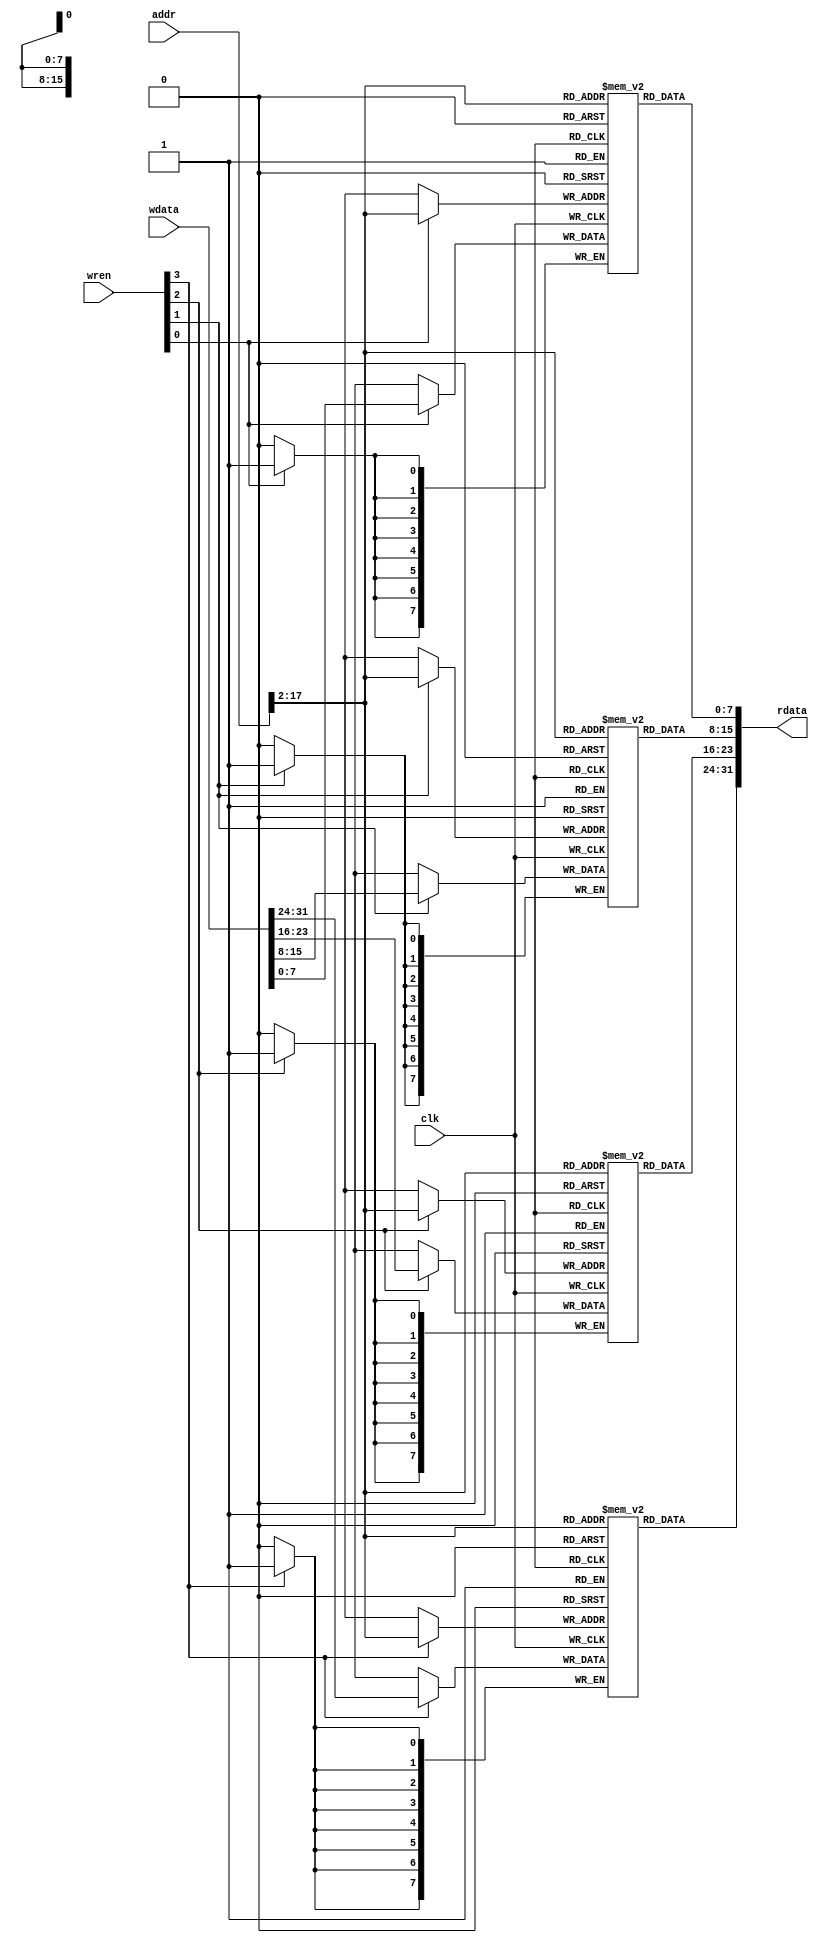
`timescale 1ns / 1ps
//////////////////////////////////////////////////////////////////////////////////
// Company: 
// Engineer: 
// 
// Design Name: 
// Module Name: data_memory
// Project Name: 
// Target Devices: 
// Tool Versions: 
// Description: 
// 
// Dependencies: 
// 
// Revision:
// Revision 0.01 - File Created
// Additional Comments:
// 
//////////////////////////////////////////////////////////////////////////////////



module data_memory(


	clk,		//clock
	addr,
	rdata,
	wdata,
	wren
);

    //Following are the input ports to one of the modules.
    
	input clk;
    input [31:0] addr;
	input [31:0] wdata;
	input [3:0] wren;
	
   //The only output port which reads data, is assigned a variable rdata.
   
    output [31:0] rdata;

    //We have here 4 memory units, each of which has 65536 (8 bit locations). 
 
    reg	[7:0] memory_lane0	[65535:0];
    reg	[7:0] memory_lane1	[65535:0];
    reg	[7:0] memory_lane2	[65535:0];
    reg	[7:0] memory_lane3	[65535:0];
    
    //The output port takes up 8 bit from each of the memory unit, adding up to 32 bit data which was supposed to be read.
    //This is done using the command assign.
   
	assign rdata = {
						memory_lane3[addr[17:2]],
						memory_lane2[addr[17:2]],
						memory_lane1[addr[17:2]],
						memory_lane0[addr[17:2]]
					};
    //Our operations are active on the rising edge i.e. the positive clock edge.
    //If write enable(denoted by wren[i]) is assigned a value 1, the data is assigned to a particular location in the memory unit.
    						
	
    always @(posedge clk)
	begin
		if (wren[0])
			memory_lane0[addr[17:2]] <= wdata[7:0];
			
		if (wren[1])
			memory_lane1[addr[17:2]] <= wdata[15:8];
			
		if (wren[2])
			memory_lane2[addr[17:2]] <= wdata[23:16];
			
		if (wren[3])
			memory_lane3[addr[17:2]] <= wdata[31:24];
	end
	
 endmodule